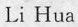
Li Hua